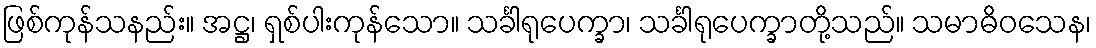
ဖြစ်ကုန်သနည်း။ အဋ္ဌ၊ ရှစ်ပါးကုန်သော။ သင်္ခါရုပေက္ခာ၊ သင်္ခါရုပေက္ခာတို့သည်။ သမာဓိဝသေန၊